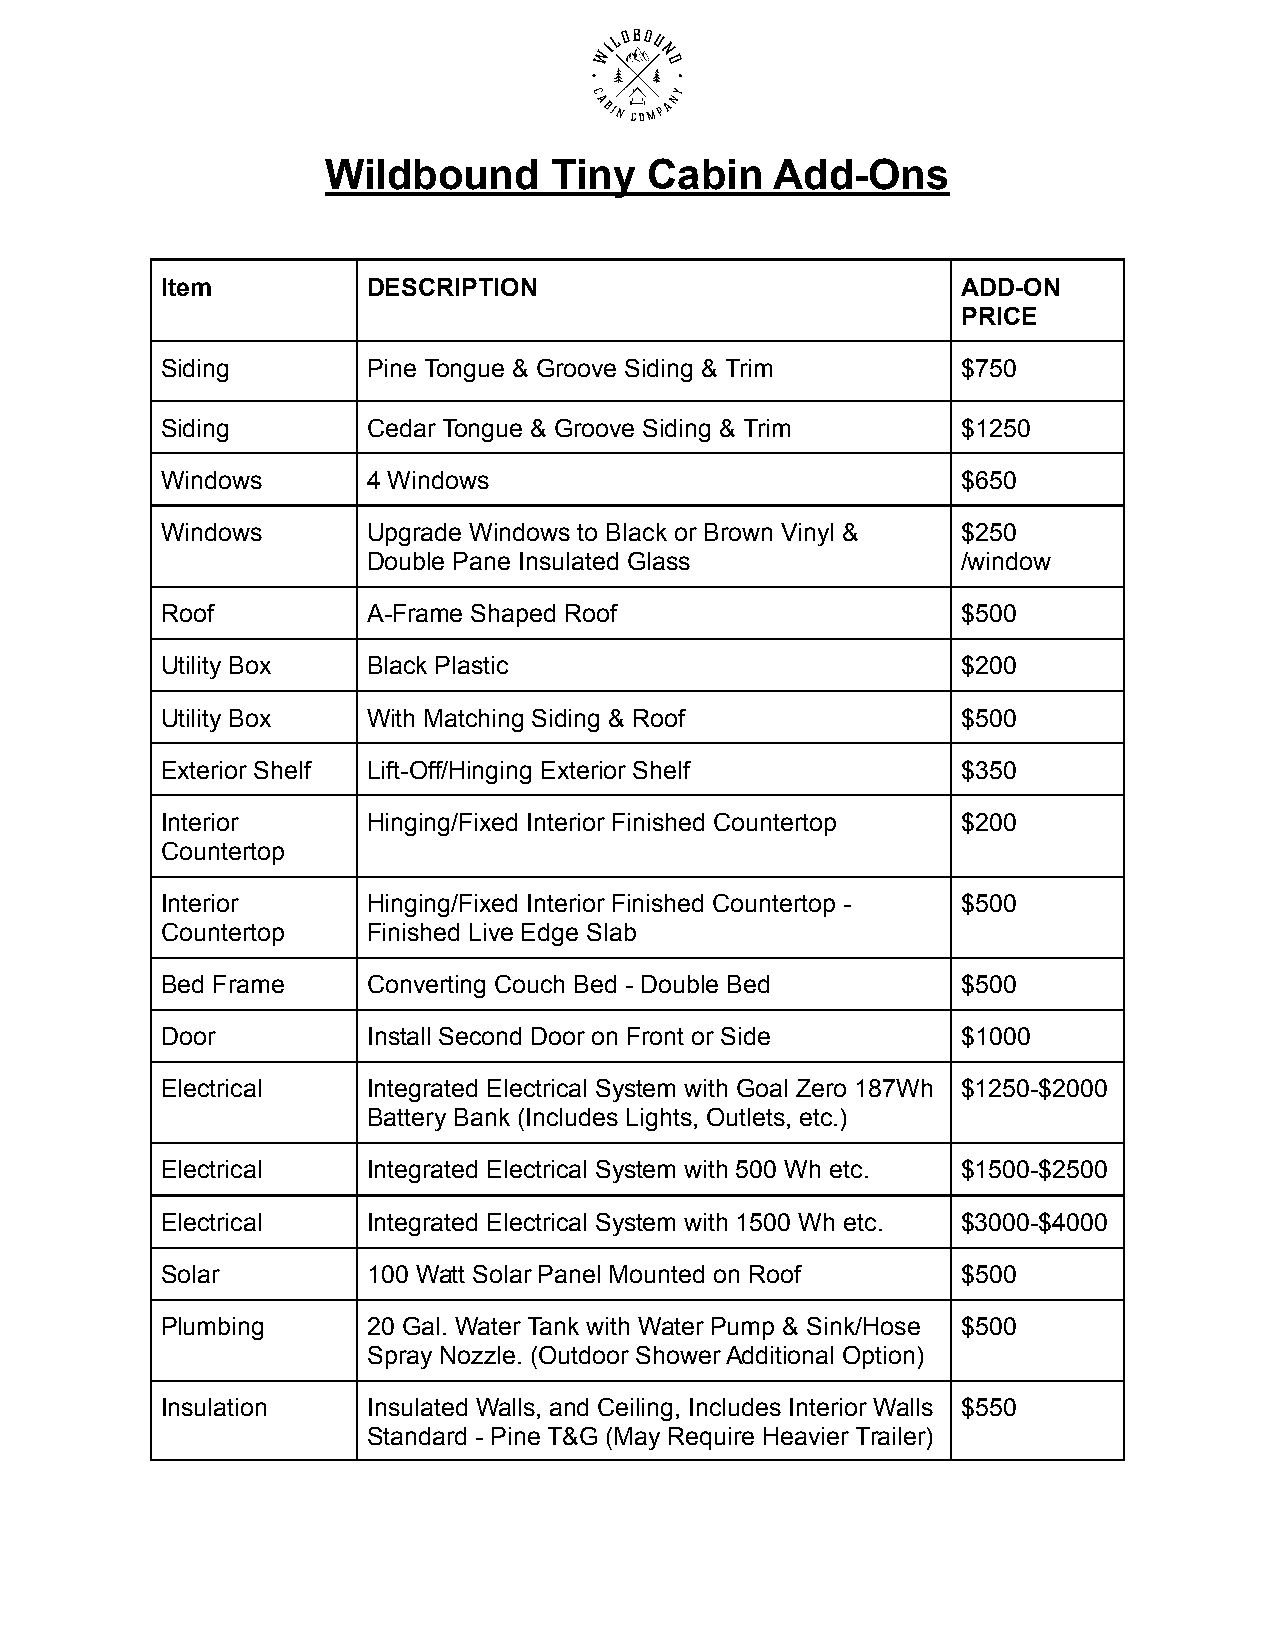
Wildbound      Tiny   Cabin   Add-Ons
 Item         DESCRIPTION                             ADD-ON
 PRICE
 Siding       Pine Tongue & Groove Siding & Trim      $750
 Siding       Cedar Tongue & Groove Siding & Trim     $1250
 Windows      4 Windows                               $650
 Windows      Upgrade Windows to Black or Brown Vinyl & $250
 Double Pane Insulated Glass             /window
 Roof         A-Frame Shaped Roof                     $500
 Utility Box  Black Plastic                           $200
 Utility Box  With Matching Siding & Roof             $500
 Exterior Shelf Lift-Off/Hinging Exterior Shelf       $350
 Interior     Hinging/Fixed Interior Finished Countertop $200
 Countertop
 Interior     Hinging/Fixed Interior Finished Countertop - $500
 Countertop   Finished Live Edge Slab
 Bed Frame    Converting Couch Bed - Double Bed       $500
 Door         Install Second Door on Front or Side    $1000
 Electrical   Integrated Electrical System with Goal Zero 187Wh $1250-$2000
 Battery Bank (Includes Lights, Outlets, etc.)
 Electrical   Integrated Electrical System with 500 Wh etc. $1500-$2500
 Electrical   Integrated Electrical System with 1500 Wh etc. $3000-$4000
 Solar        100 Watt Solar Panel Mounted on Roof    $500
 Plumbing     20 Gal. Water Tank with Water Pump & Sink/Hose $500
 Spray Nozzle. (Outdoor Shower Additional Option)
 Insulation   Insulated Walls, and Ceiling, Includes Interior Walls $550
 Standard - Pine T&G (May Require Heavier Trailer)